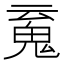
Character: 䰟